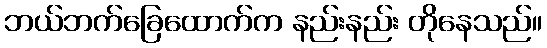
ဘယ်ဘက်ခြေထောက်က နည်းနည်း တိုနေသည်။